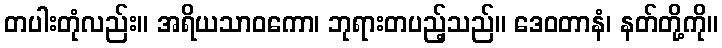
တပါးတုံလည်း။ အရိယသာဝကော၊ ဘုရားတပည့်သည်။ ဒေဝတာနံ၊ နတ်တို့ကို။